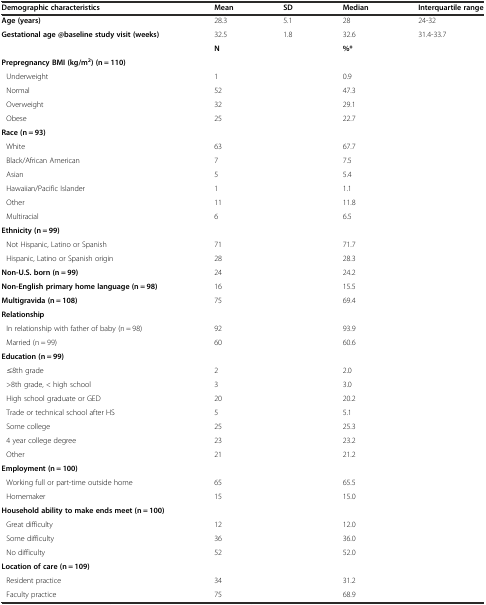
<table><thead><tr><td><b>Demographic characteristics</b></td><td><b>Mean</b></td><td><b>SD</b></td><td><b>Median</b></td><td><b>Interquartile range</b></td></tr></thead><tbody><tr><td><b>Age (years)</b></td><td>28.3</td><td>5.1</td><td>28</td><td>24-32</td></tr><tr><td><b>Gestational age @baseline study visit (weeks)</b></td><td>32.5</td><td>1.8</td><td>32.6</td><td>31.4-33.7</td></tr><tr><td></td><td colspan="2"><b>N</b></td><td colspan="2"><b>%*</b></td></tr><tr><td><b>Prepregnancy BMI (kg/m</b><sup><b>2</b></sup><b>) (n = 110)</b></td><td colspan="2"></td><td colspan="2"></td></tr><tr><td>Underweight</td><td colspan="2">1</td><td colspan="2">0.9</td></tr><tr><td>Normal</td><td colspan="2">52</td><td colspan="2">47.3</td></tr><tr><td>Overweight</td><td colspan="2">32</td><td colspan="2">29.1</td></tr><tr><td>Obese</td><td colspan="2">25</td><td colspan="2">22.7</td></tr><tr><td><b>Race (n = 93)</b></td><td colspan="2"></td><td colspan="2"></td></tr><tr><td>White</td><td colspan="2">63</td><td colspan="2">67.7</td></tr><tr><td>Black/African American</td><td colspan="2">7</td><td colspan="2">7.5</td></tr><tr><td>Asian</td><td colspan="2">5</td><td colspan="2">5.4</td></tr><tr><td>Hawaiian/Pacific Islander</td><td colspan="2">1</td><td colspan="2">1.1</td></tr><tr><td>Other</td><td colspan="2">11</td><td colspan="2">11.8</td></tr><tr><td>Multiracial</td><td colspan="2">6</td><td colspan="2">6.5</td></tr><tr><td><b>Ethnicity (n = 99)</b></td><td colspan="2"></td><td colspan="2"></td></tr><tr><td>Not Hispanic, Latino or Spanish</td><td colspan="2">71</td><td colspan="2">71.7</td></tr><tr><td>Hispanic, Latino or Spanish origin</td><td colspan="2">28</td><td colspan="2">28.3</td></tr><tr><td><b>Non-U.S. born (n = 99)</b></td><td colspan="2">24</td><td colspan="2">24.2</td></tr><tr><td><b>Non-English primary home language (n = 98)</b></td><td colspan="2">16</td><td colspan="2">15.5</td></tr><tr><td><b>Multigravida (n = 108)</b></td><td colspan="2">75</td><td colspan="2">69.4</td></tr><tr><td><b>Relationship</b></td><td colspan="2"></td><td colspan="2"></td></tr><tr><td>In relationship with father of baby (n = 98)</td><td colspan="2">92</td><td colspan="2">93.9</td></tr><tr><td>Married (n = 99)</td><td colspan="2">60</td><td colspan="2">60.6</td></tr><tr><td><b>Education (n = 99)</b></td><td colspan="2"></td><td colspan="2"></td></tr><tr><td>≤8th grade</td><td colspan="2">2</td><td colspan="2">2.0</td></tr><tr><td>&gt;8th grade, &lt; high school</td><td colspan="2">3</td><td colspan="2">3.0</td></tr><tr><td>High school graduate or GED</td><td colspan="2">20</td><td colspan="2">20.2</td></tr><tr><td>Trade or technical school after HS</td><td colspan="2">5</td><td colspan="2">5.1</td></tr><tr><td>Some college</td><td colspan="2">25</td><td colspan="2">25.3</td></tr><tr><td>4 year college degree</td><td colspan="2">23</td><td colspan="2">23.2</td></tr><tr><td>Other</td><td colspan="2">21</td><td colspan="2">21.2</td></tr><tr><td><b>Employment (n = 100)</b></td><td colspan="2"></td><td colspan="2"></td></tr><tr><td>Working full or part-time outside home</td><td colspan="2">65</td><td colspan="2">65.5</td></tr><tr><td>Homemaker</td><td colspan="2">15</td><td colspan="2">15.0</td></tr><tr><td><b>Household ability to make ends meet (n = 100)</b></td><td colspan="2"></td><td colspan="2"></td></tr><tr><td>Great difficulty</td><td colspan="2">12</td><td colspan="2">12.0</td></tr><tr><td>Some difficulty</td><td colspan="2">36</td><td colspan="2">36.0</td></tr><tr><td>No difficulty</td><td colspan="2">52</td><td colspan="2">52.0</td></tr><tr><td><b>Location of care (n = 109)</b></td><td colspan="2"></td><td colspan="2"></td></tr><tr><td>Resident practice</td><td colspan="2">34</td><td colspan="2">31.2</td></tr><tr><td>Faculty practice</td><td colspan="2">75</td><td colspan="2">68.9</td></tr></tbody></table>